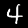
Digit: 4